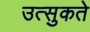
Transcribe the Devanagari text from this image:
उत्सुकते